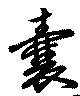
嚢